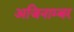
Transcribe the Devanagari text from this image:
अजिनाम्बर